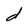
Character: d